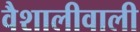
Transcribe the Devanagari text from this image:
वैशालीवाली